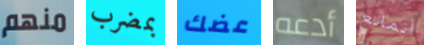
منهم بمضرب عضك أدعه أتمانع